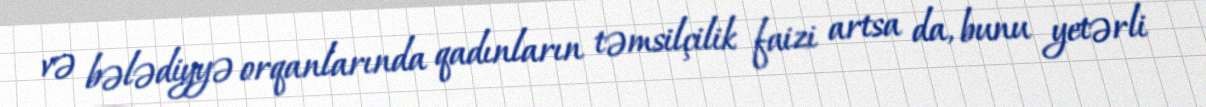
və bələdiyyə orqanlarında qadınların təmsilçilik faizi artsa da, bunu yetərli